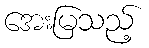
အေးမြသည့်